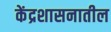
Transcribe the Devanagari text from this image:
केंद्रशासनातील